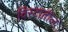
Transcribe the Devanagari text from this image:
विस्टातील